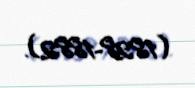
(1828-1882).